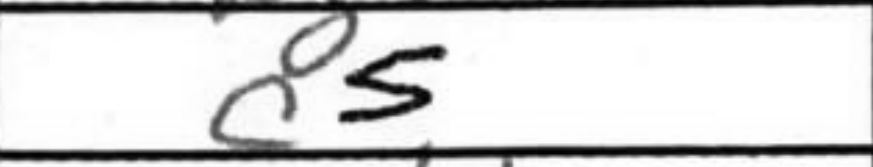
Transcription: c5